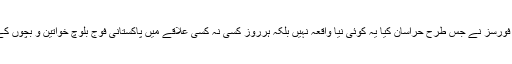
خلیل یعقوب کی فیملی کو قابض سیکورٹی فورسز نے جس طرح حراسان کیا یہ کوئی نیا واقعہ نہیں بلکہ ہرروز کسی نہ کسی علاقے میں پاکستانی فوج بلوچ خواتین و بچوں کے ساتھ ایسے ظالمانہ سلوک کرتا آرہا ہے۔